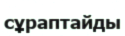
сұраптайды